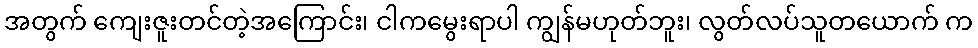
အတွက် ကျေးဇူးတင်တဲ့အကြောင်း၊ ငါကမွေးရာပါ ကျွန်မဟုတ်ဘူး၊ လွတ်လပ်သူတယောက် က